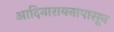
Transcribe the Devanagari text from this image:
आदिनारायनापासून